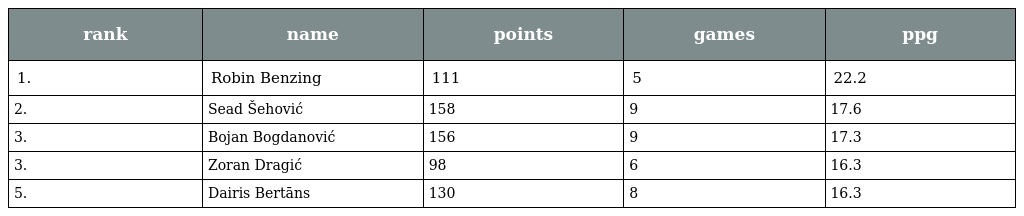
| rank | name | points | games | ppg |
 | --- | --- | --- | --- | --- |
 | 1. | Robin Benzing | 111 | 5 | 22.2 |
 | 2. | Sead Šehović | 158 | 9 | 17.6 |
 | 3. | Bojan Bogdanović | 156 | 9 | 17.3 |
 | 3. | Zoran Dragić | 98 | 6 | 16.3 |
 | 5. | Dairis Bertāns | 130 | 8 | 16.3 |